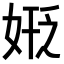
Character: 𪥻